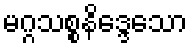
မဂ္ဂသစ္စနိဒ္ဒေသော